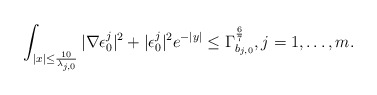
\begin{align*}\int_{|x|\leq \frac{10}{\lambda_{j,0}}}|\nabla \epsilon^{j}_{0}|^{2}+|\epsilon_{0}^{j}|^{2}e^{-|y|}\leq \Gamma_{b_{j,0}}^{\frac{6}{7}}, j=1,\dots, m.\end{align*}